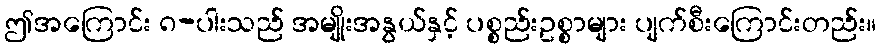
ဤအကြောင်း ၈-ပါးသည် အမျိုးအနွယ်နှင့် ပစ္စည်းဥစ္စာများ ပျက်စီးကြောင်းတည်း။